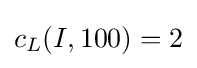
c_{L}(I,100)=2